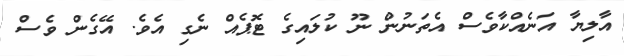
އާލިޔާ އަނެއްކާވެސް އެތަނުން ނޫ ކުލައިގެ ޓޮޕެއް ނެގި އެވެ. އޭގެން ވެސް